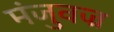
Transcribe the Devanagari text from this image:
मंजुवज्र